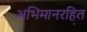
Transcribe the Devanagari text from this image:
अभिमानरहित